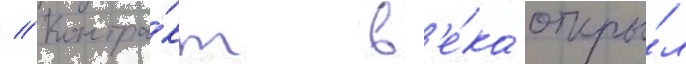
// Контра́кт в'е́ка откры́л